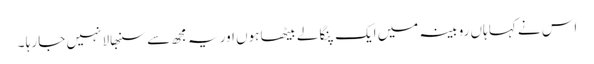
اس نے کہا ہاں روبینہ میں ایک پنگا لے بیٹھا ہوں اور یہ مجھ سے سنبھالا نہیں جا رہا ۔